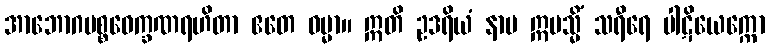
အာဘောဂပစ္စဝေက္ခဏရဟိတာ ဧတေ ဓမ္မာ။ ဣတိ ဥဒရိယံ နာမ ဣမသ္မိံ သရီရေ ပါဋိယေက္ကော